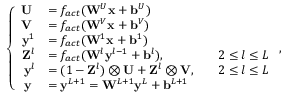
\left\{ \begin{array} { r l r l } { \mathbf { U } \; } & { = f _ { a c t } ( \mathbf { W } ^ { U } \mathbf { x } + \mathbf { b } ^ { U } ) } & & { } \\ { \mathbf { V } \; } & { = f _ { a c t } ( \mathbf { W } ^ { V } \mathbf { x } + \mathbf { b } ^ { V } ) } & & { } \\ { \mathbf { y } ^ { 1 } } & { = f _ { a c t } ( \mathbf { W } ^ { 1 } \mathbf { x } + \mathbf { b } ^ { 1 } ) } & & { } \\ { \mathbf { Z } ^ { l } } & { = f _ { a c t } ( \mathbf { W } ^ { l } \mathbf { y } ^ { l - 1 } + \mathbf { b } ^ { l } ) , } & & { 2 \le l \le L } \\ { \mathbf { y } ^ { l } } & { = ( 1 - \mathbf { Z } ^ { l } ) \otimes \mathbf { U } + \mathbf { Z } ^ { l } \otimes \mathbf { V } , } & & { 2 \le l \le L } \\ { \mathbf { y } \; } & { = \mathbf { y } ^ { L + 1 } = \mathbf { W } ^ { L + 1 } \mathbf { y } ^ { L } + \mathbf { b } ^ { L + 1 } } & & { } \end{array} \right. ,